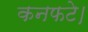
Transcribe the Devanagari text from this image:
कनफटे।